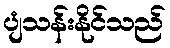
ပျံသန်းနိုင်သည်